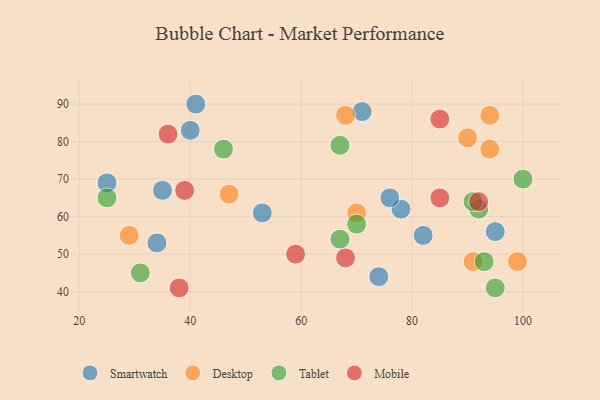
{"axis": {"x": "GDP", "y": "Life Expectancy"}, "legend": ["Desktop", "Mobile", "Smartwatch", "Tablet"], "data": [{"x": "40", "y": 83, "type": "Smartwatch"}, {"x": "74", "y": 44, "type": "Smartwatch"}, {"x": "82", "y": 55, "type": "Smartwatch"}, {"x": "78", "y": 62, "type": "Smartwatch"}, {"x": "34", "y": 53, "type": "Smartwatch"}, {"x": "41", "y": 90, "type": "Smartwatch"}, {"x": "53", "y": 61, "type": "Smartwatch"}, {"x": "25", "y": 69, "type": "Smartwatch"}, {"x": "35", "y": 67, "type": "Smartwatch"}, {"x": "95", "y": 56, "type": "Smartwatch"}, {"x": "71", "y": 88, "type": "Smartwatch"}, {"x": "76", "y": 65, "type": "Smartwatch"}, {"x": "68", "y": 87, "type": "Desktop"}, {"x": "99", "y": 48, "type": "Desktop"}, {"x": "29", "y": 55, "type": "Desktop"}, {"x": "94", "y": 87, "type": "Desktop"}, {"x": "70", "y": 61, "type": "Desktop"}, {"x": "91", "y": 48, "type": "Desktop"}, {"x": "47", "y": 66, "type": "Desktop"}, {"x": "90", "y": 81, "type": "Desktop"}, {"x": "94", "y": 78, "type": "Desktop"}, {"x": "92", "y": 62, "type": "Tablet"}, {"x": "70", "y": 58, "type": "Tablet"}, {"x": "67", "y": 79, "type": "Tablet"}, {"x": "95", "y": 41, "type": "Tablet"}, {"x": "91", "y": 64, "type": "Tablet"}, {"x": "100", "y": 70, "type": "Tablet"}, {"x": "93", "y": 48, "type": "Tablet"}, {"x": "25", "y": 65, "type": "Tablet"}, {"x": "67", "y": 54, "type": "Tablet"}, {"x": "46", "y": 78, "type": "Tablet"}, {"x": "31", "y": 45, "type": "Tablet"}, {"x": "85", "y": 65, "type": "Mobile"}, {"x": "38", "y": 41, "type": "Mobile"}, {"x": "92", "y": 64, "type": "Mobile"}, {"x": "68", "y": 49, "type": "Mobile"}, {"x": "85", "y": 86, "type": "Mobile"}, {"x": "36", "y": 82, "type": "Mobile"}, {"x": "39", "y": 67, "type": "Mobile"}, {"x": "59", "y": 50, "type": "Mobile"}]}